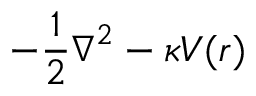
{ - \frac { 1 } { 2 } \boldsymbol { \nabla } ^ { 2 } - \kappa V ( r ) }